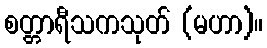
စတ္တာရီသကသုတ် (မဟာ)။